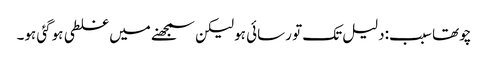
چوتھا سبب:دلیل تک تو رسائی ہو لیکن سمجھنے میں غلطی ہوگئی ہو۔